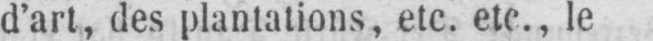
d’art, des plantations, etc. etc., le